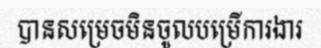
បានសម្រេចមិនចូលបម្រើការងារ